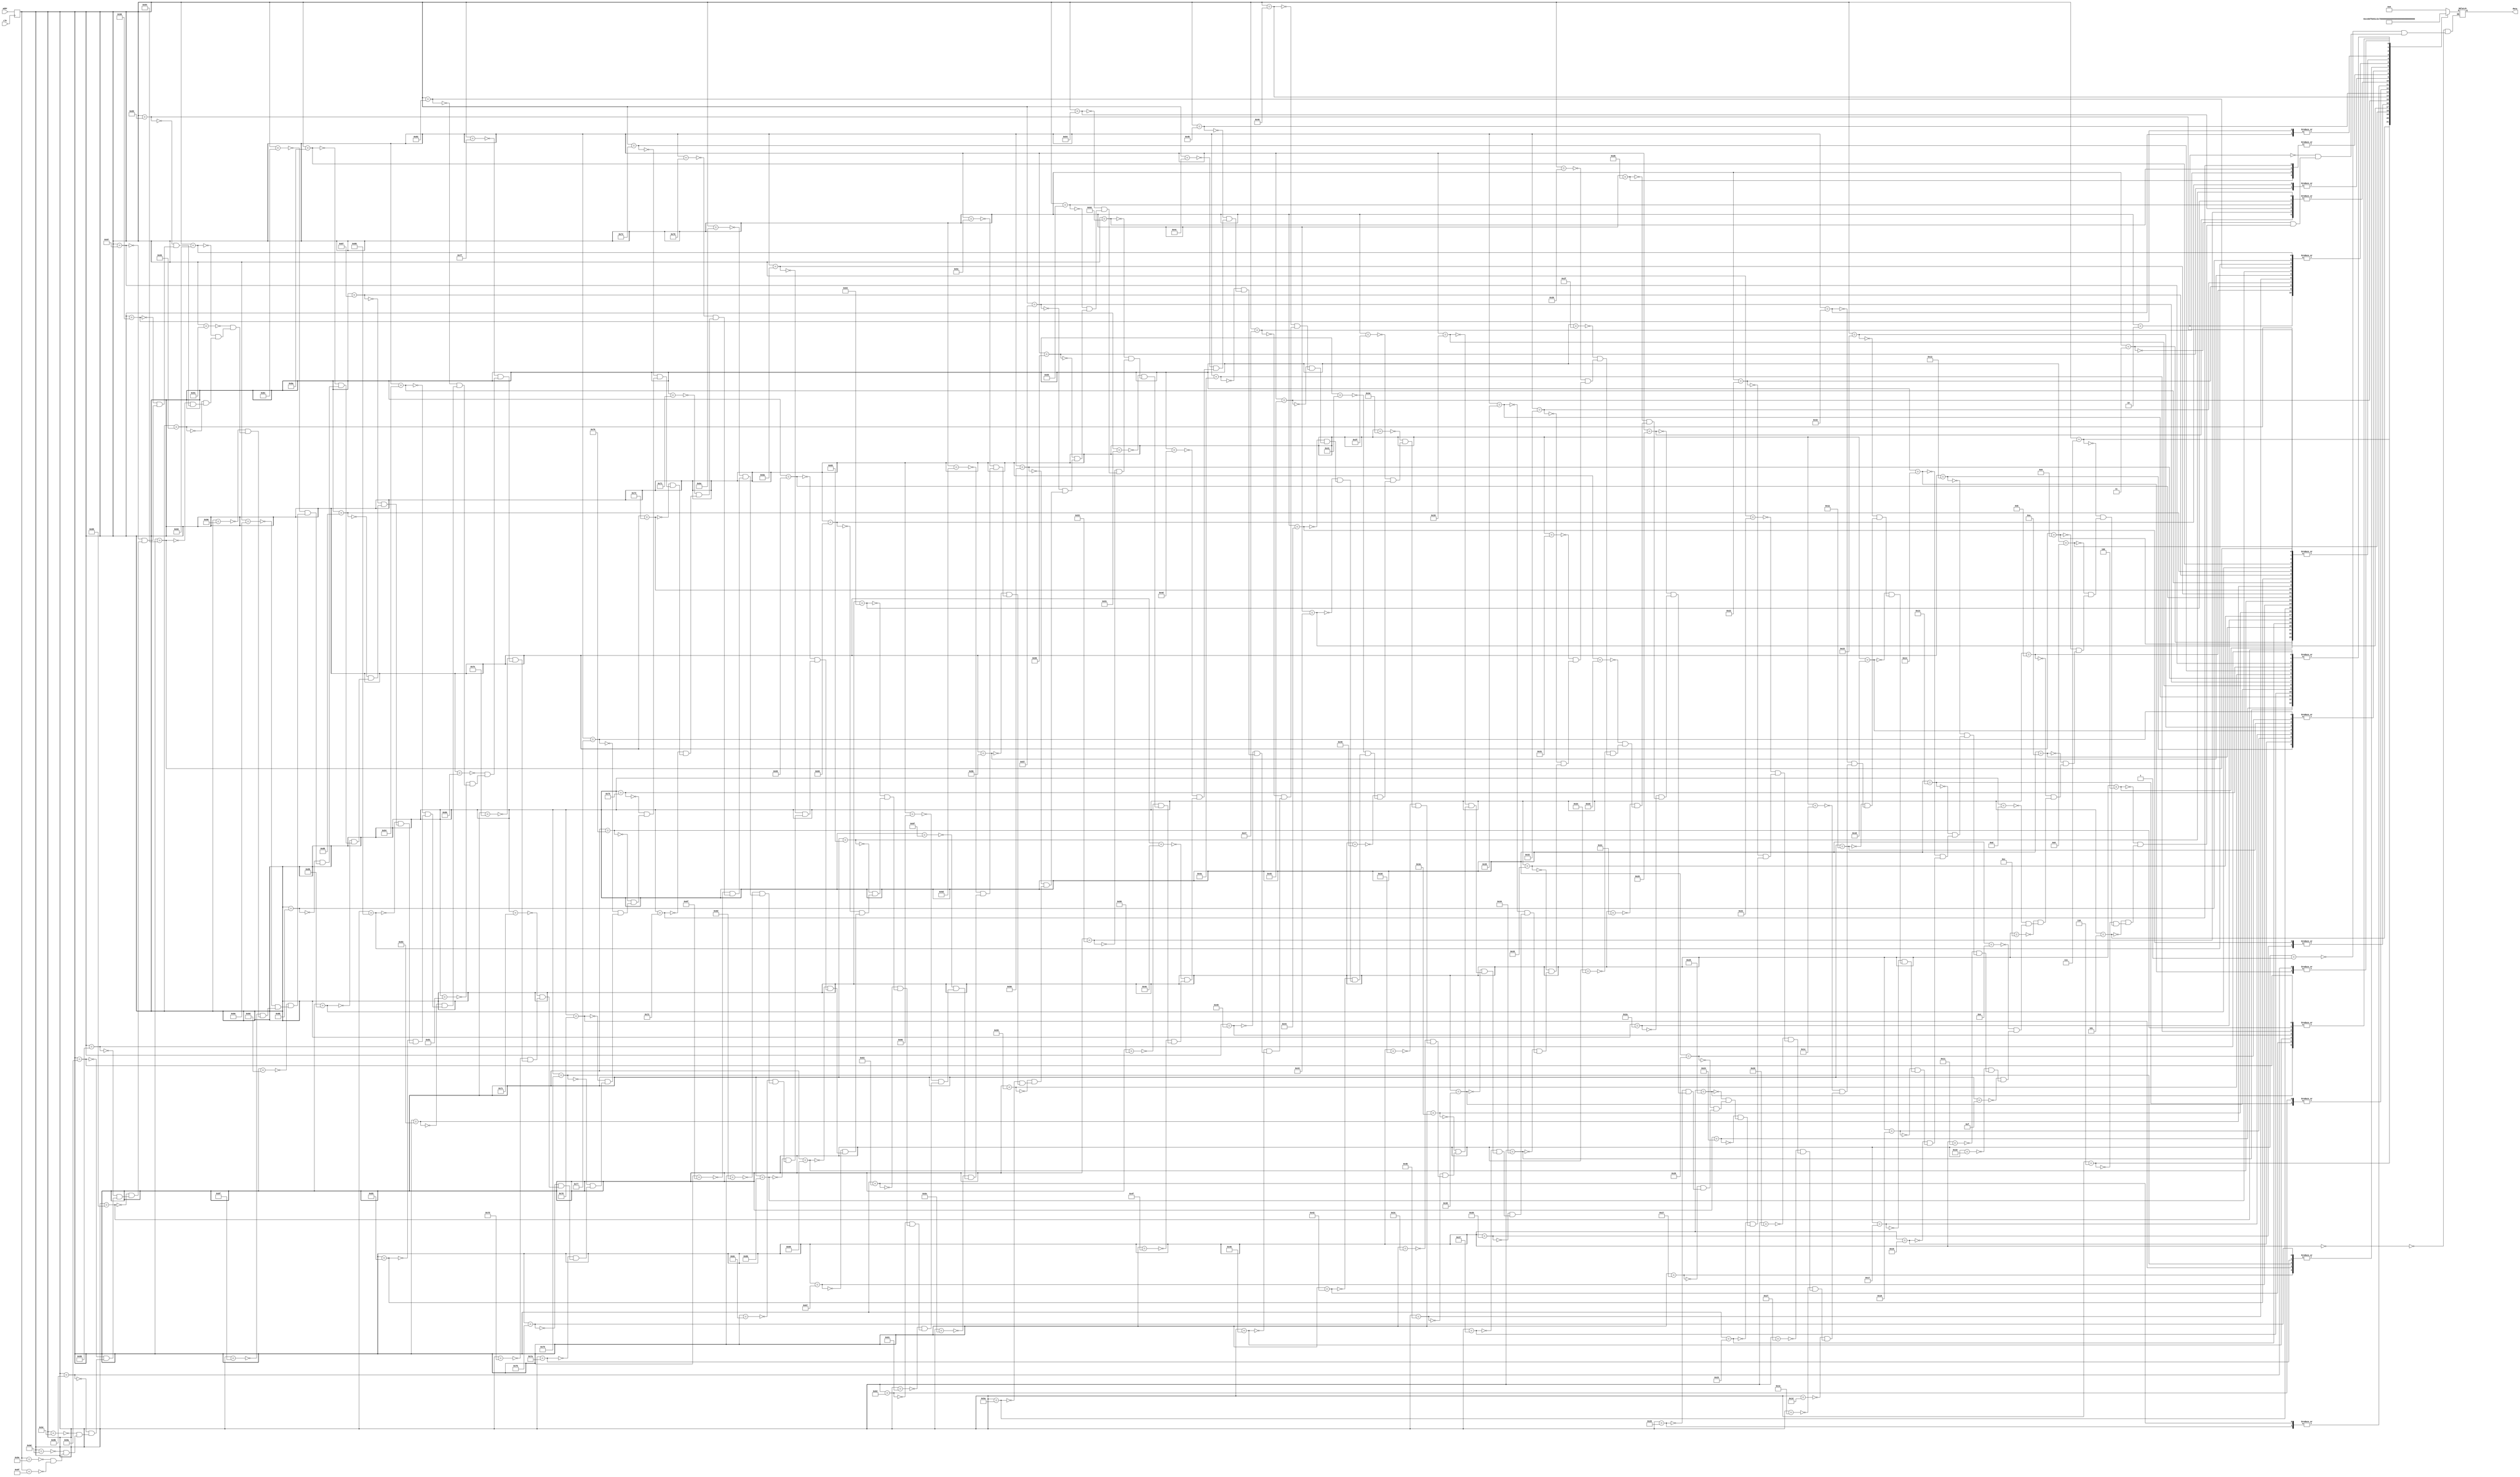
//Justin Lee (jpl88) and Ian Waldschmidt (isw5)
//Modified ROM to only save numbers, and to have those numbers correspond with their addresses

// ROM Addressing Scheme
// 4 MSB: character address
// 4 LSB: row address

module font_rom(input wire clk, input wire [7:0] addr, output reg [7:0] data);

reg [7:0] addr_reg; // address buffer

// Buffering address
always @( posedge clk ) addr_reg <= addr;

// ROM data and declaration
always @( * ) begin
    case ( addr_reg )
        //code x00
        11'h000: data = 8'b00000000; //
        11'h001: data = 8'b00000000; //
        11'h002: data = 8'b01111100; //  *****
        11'h003: data = 8'b11000110; // **   **
        11'h004: data = 8'b11000110; // **   **
        11'h005: data = 8'b11001110; // **  ***
        11'h006: data = 8'b11011110; // ** ****
        11'h007: data = 8'b11110110; // **** **
        11'h008: data = 8'b11100110; // ***  **
        11'h009: data = 8'b11000110; // **   **
        11'h00a: data = 8'b11000110; // **   **
        11'h00b: data = 8'b01111100; //  *****
        11'h00c: data = 8'b00000000; //
        11'h00d: data = 8'b00000000; //
        11'h00e: data = 8'b00000000; //
        11'h00f: data = 8'b00000000; //
        //code x01
        11'h010: data = 8'b00000000; //
        11'h011: data = 8'b00000000; //
        11'h012: data = 8'b00011000; //
        11'h013: data = 8'b00111000; //
        11'h014: data = 8'b01111000; //    **
        11'h015: data = 8'b00011000; //   ***
        11'h016: data = 8'b00011000; //  ****
        11'h017: data = 8'b00011000; //    **
        11'h018: data = 8'b00011000; //    **
        11'h019: data = 8'b00011000; //    **
        11'h01a: data = 8'b00011000; //    **
        11'h01b: data = 8'b01111110; //    **
        11'h01c: data = 8'b00000000; //    **
        11'h01d: data = 8'b00000000; //  ******
        11'h01e: data = 8'b00000000; //
        11'h01f: data = 8'b00000000; //
        //code x02
        11'h020: data = 8'b00000000; //
        11'h021: data = 8'b00000000; //
        11'h022: data = 8'b01111100; //  *****
        11'h023: data = 8'b11000110; // **   **
        11'h024: data = 8'b00000110; //      **
        11'h025: data = 8'b00001100; //     **
        11'h026: data = 8'b00011000; //    **
        11'h027: data = 8'b00110000; //   **
        11'h028: data = 8'b01100000; //  **
        11'h029: data = 8'b11000000; // **
        11'h02a: data = 8'b11000110; // **   **
        11'h02b: data = 8'b11111110; // *******
        11'h02c: data = 8'b00000000; //
        11'h02d: data = 8'b00000000; //
        11'h02e: data = 8'b00000000; //
        11'h02f: data = 8'b00000000; //
        //code x03
        11'h030: data = 8'b00000000; //
        11'h031: data = 8'b00000000; //
        11'h032: data = 8'b01111100; //  *****
        11'h033: data = 8'b11000110; // **   **
        11'h034: data = 8'b00000110; //      **
        11'h035: data = 8'b00000110; //      **
        11'h036: data = 8'b00111100; //   ****
        11'h037: data = 8'b00000110; //      **
        11'h038: data = 8'b00000110; //      **
        11'h039: data = 8'b00000110; //      **
        11'h03a: data = 8'b11000110; // **   **
        11'h03b: data = 8'b01111100; //  *****
        11'h03c: data = 8'b00000000; //
        11'h03d: data = 8'b00000000; //
        11'h03e: data = 8'b00000000; //
        11'h03f: data = 8'b00000000; //
        //code x04
        11'h040: data = 8'b00000000; //
        11'h041: data = 8'b00000000; //
        11'h042: data = 8'b00001100; //     **
        11'h043: data = 8'b00011100; //    ***
        11'h044: data = 8'b00111100; //   ****
        11'h045: data = 8'b01101100; //  ** **
        11'h046: data = 8'b11001100; // **  **
        11'h047: data = 8'b11111110; // *******
        11'h048: data = 8'b00001100; //     **
        11'h049: data = 8'b00001100; //     **
        11'h04a: data = 8'b00001100; //     **
        11'h04b: data = 8'b00011110; //    ****
        11'h04c: data = 8'b00000000; //
        11'h04d: data = 8'b00000000; //
        11'h04e: data = 8'b00000000; //
        11'h04f: data = 8'b00000000; //
        //code x05
        11'h050: data = 8'b00000000; //
        11'h051: data = 8'b00000000; //
        11'h052: data = 8'b11111110; // *******
        11'h053: data = 8'b11000000; // **
        11'h054: data = 8'b11000000; // **
        11'h055: data = 8'b11000000; // **
        11'h056: data = 8'b11111100; // ******
        11'h057: data = 8'b00000110; //      **
        11'h058: data = 8'b00000110; //      **
        11'h059: data = 8'b00000110; //      **
        11'h05a: data = 8'b11000110; // **   **
        11'h05b: data = 8'b01111100; //  *****
        11'h05c: data = 8'b00000000; //
        11'h05d: data = 8'b00000000; //
        11'h05e: data = 8'b00000000; //
        11'h05f: data = 8'b00000000; //
        //code x06
        11'h060: data = 8'b00000000; //
        11'h061: data = 8'b00000000; //
        11'h062: data = 8'b00111000; //   ***
        11'h063: data = 8'b01100000; //  **
        11'h064: data = 8'b11000000; // **
        11'h065: data = 8'b11000000; // **
        11'h066: data = 8'b11111100; // ******
        11'h067: data = 8'b11000110; // **   **
        11'h068: data = 8'b11000110; // **   **
        11'h069: data = 8'b11000110; // **   **
        11'h06a: data = 8'b11000110; // **   **
        11'h06b: data = 8'b01111100; //  *****
        11'h06c: data = 8'b00000000; //
        11'h06d: data = 8'b00000000; //
        11'h06e: data = 8'b00000000; //
        11'h06f: data = 8'b00000000; //
        //code x07
        11'h070: data = 8'b00000000; //
        11'h071: data = 8'b00000000; //
        11'h072: data = 8'b11111110; // *******
        11'h073: data = 8'b11000110; // **   **
        11'h074: data = 8'b00000110; //      **
        11'h075: data = 8'b00000110; //      **
        11'h076: data = 8'b00001100; //     **
        11'h077: data = 8'b00011000; //    **
        11'h078: data = 8'b00110000; //   **
        11'h079: data = 8'b00110000; //   **
        11'h07a: data = 8'b00110000; //   **
        11'h07b: data = 8'b00110000; //   **
        11'h07c: data = 8'b00000000; //
        11'h07d: data = 8'b00000000; //
        11'h07e: data = 8'b00000000; //
        11'h07f: data = 8'b00000000; //
        //code x08
        11'h080: data = 8'b00000000; //
        11'h081: data = 8'b00000000; //
        11'h082: data = 8'b01111100; //  *****
        11'h083: data = 8'b11000110; // **   **
        11'h084: data = 8'b11000110; // **   **
        11'h085: data = 8'b11000110; // **   **
        11'h086: data = 8'b01111100; //  *****
        11'h087: data = 8'b11000110; // **   **
        11'h088: data = 8'b11000110; // **   **
        11'h089: data = 8'b11000110; // **   **
        11'h08a: data = 8'b11000110; // **   **
        11'h08b: data = 8'b01111100; //  *****
        11'h08c: data = 8'b00000000; //
        11'h08d: data = 8'b00000000; //
        11'h08e: data = 8'b00000000; //
        11'h08f: data = 8'b00000000; //
        //code x09
        11'h090: data = 8'b00000000; //
        11'h091: data = 8'b00000000; //
        11'h092: data = 8'b01111100; //  *****
        11'h093: data = 8'b11000110; // **   **
        11'h094: data = 8'b11000110; // **   **
        11'h095: data = 8'b11000110; // **   **
        11'h096: data = 8'b01111110; //  ******
        11'h097: data = 8'b00000110; //      **
        11'h098: data = 8'b00000110; //      **
        11'h099: data = 8'b00000110; //      **
        11'h09a: data = 8'b00001100; //     **
        11'h09b: data = 8'b01111000; //  ****
        11'h09c: data = 8'b00000000; //
        11'h09d: data = 8'b00000000; //
        11'h09e: data = 8'b00000000; //
        11'h09f: data = 8'b00000000; //
    endcase
end
endmodule